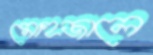
মোহজালে